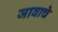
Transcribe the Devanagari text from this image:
जावाचे